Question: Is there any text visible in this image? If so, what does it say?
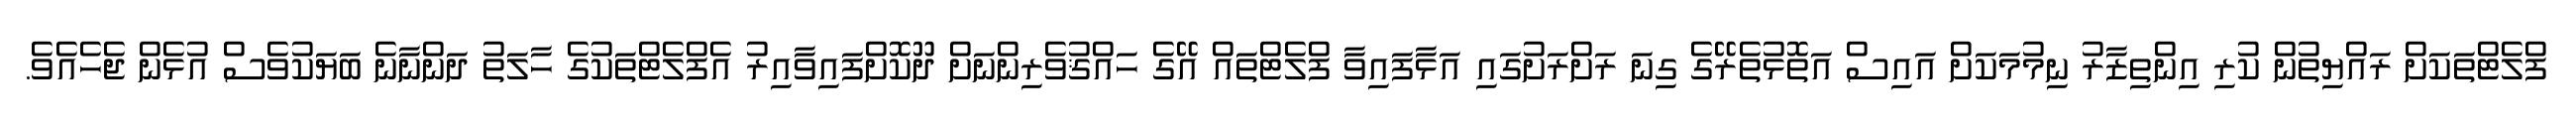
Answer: ފްލެޓްތަކަށް ރައްޔިތުން ކުރި އިންތިޒާރު ނިމުމަކަށް އައިސް އަތޮޅުތެރޭގެ ގިނަ ރަށްރަށުގައި އަޅާފައިވާ ފްލެޓްތައް އޭގެ ހައްޤުވެރިންނަށް ދޫކޮށްފައިވާއިރު އެފްލެޓްތަކުގެ ހާލަތު ދަންނާނެ ބަޔަކުވެސް އުޅެން ޖެހެއެވެ.